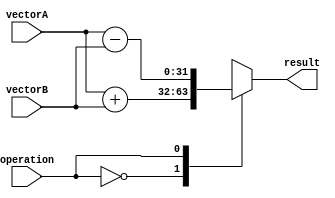
module VectorALU (
    input wire [31:0] vectorA,
    input wire [31:0] vectorB,
    input wire operation,
    output reg [31:0] result
);

always @* begin
    case(operation)
        0: result = vectorA + vectorB; // Addition
        1: result = vectorA - vectorB; // Subtraction
        2: result = vectorA * vectorB; // Multiplication
        3: result = vectorA / vectorB; // Division
        4: result = vectorA << vectorB; // Left shift
        5: result = vectorA >> vectorB; // Right shift
        6: result = vectorA > vectorB; // Greater than comparison
        7: result = vectorA < vectorB; // Less than comparison
        8: result = vectorA & vectorB; // Bitwise AND
        9: result = vectorA | vectorB; // Bitwise OR
        10: result = vectorA ^ vectorB; // Bitwise XOR
        default: result = 32'h00000000;
    endcase
end

endmodule